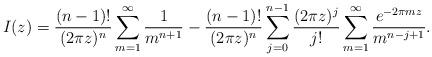
LaTeX: \begin{align*}I(z) = \frac{{(n - 1)!}}{{(2\pi z)^{n} }}\sum_{m = 1}^\infty {\frac{1}{{m^{n + 1} }}} - \frac{(n - 1)!}{(2\pi z)^n} \sum_{j = 0}^{n - 1} {\frac{(2\pi z)^{j}}{j!}\sum_{m = 1}^\infty {\frac{e^{ - 2\pi m z}}{m^{n - j + 1}}} }.\end{align*}